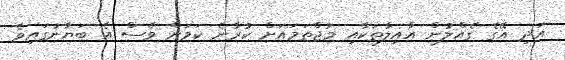
އަދި އޭގެ ގެއްލުން އާއިލާތަކާއި މުޖްތަމައަށް ކުރާނެ ކަމަށް ވެސް އެ ބަޔާނުގައިވެ